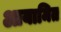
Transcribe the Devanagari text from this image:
आयामित